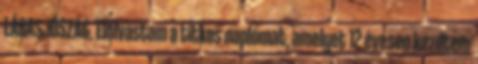
LÁBASJÓSZÁG. Elolvastam a titkos naplómat, amelyet 12 évesen kezdtem